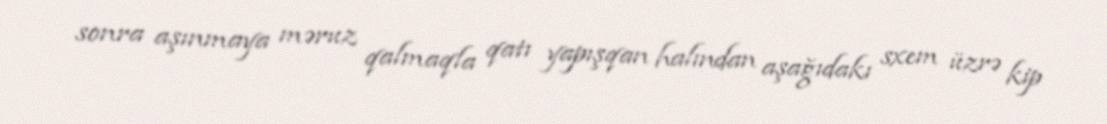
sonra aşınmaya məruz qalmaqla qatı yapışqan halından aşağıdakı sxem üzrə kip